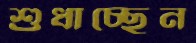
শুধাচ্ছেন